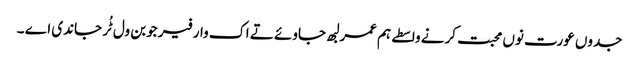
جدوں عورت نوں محبت کرنے واسطے ہم عمر لبھ جاوئے تے اک وار فیر جوبن ول ٹُر جاندی اے ۔